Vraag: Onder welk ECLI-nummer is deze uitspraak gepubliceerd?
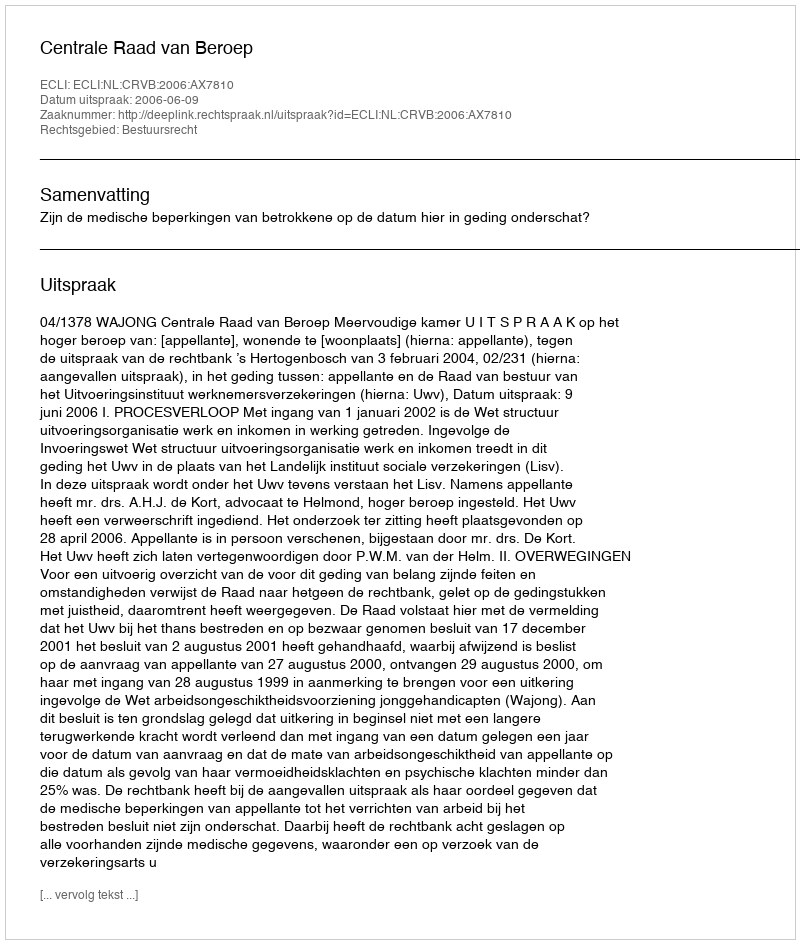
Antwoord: ECLI:NL:CRVB:2006:AX7810